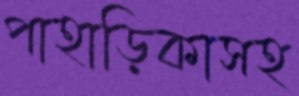
পাহাড়িকাসহ